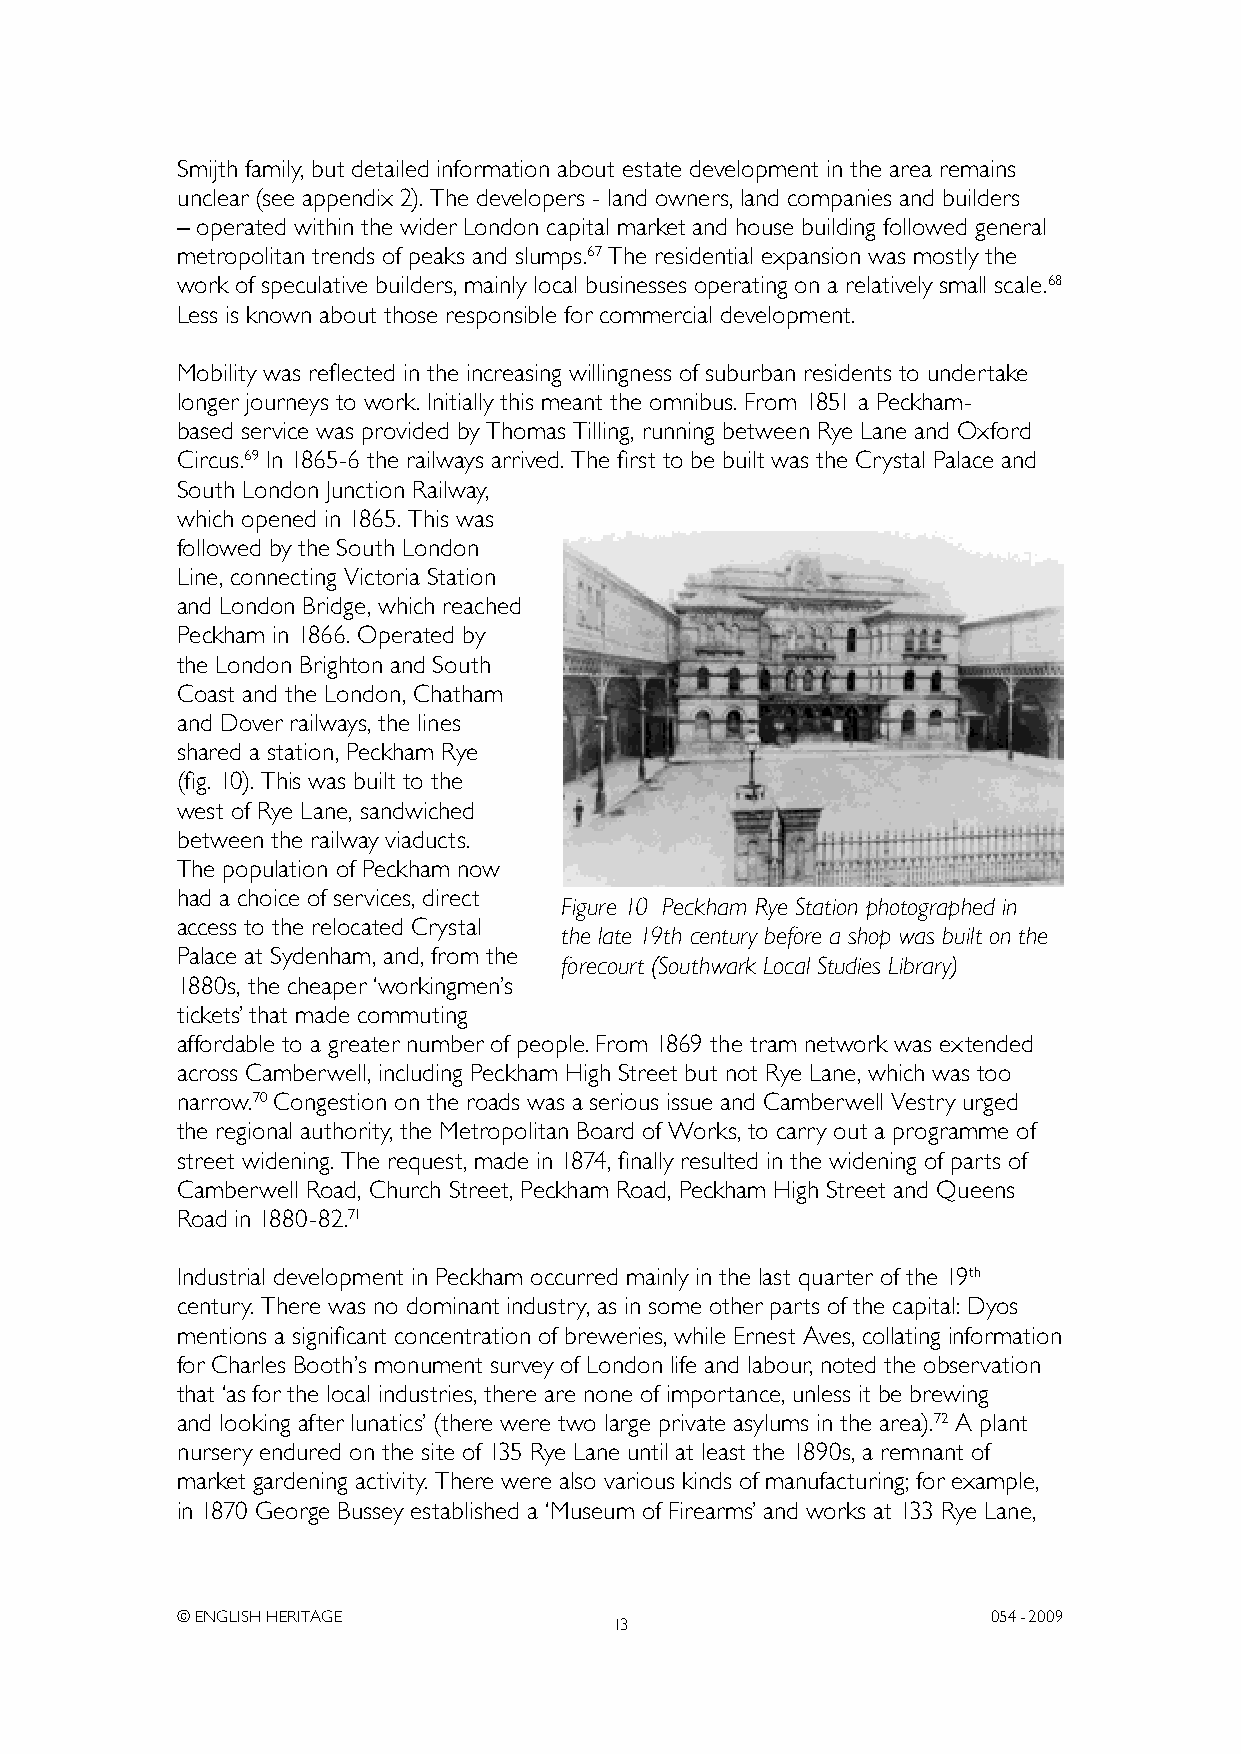
Smijth family, but detailed information about estate development in the area remains
 unclear (see appendix 2). The developers - land owners, land companies and builders
 – operated within the wider London capital market and house building followed general
 metropolitan trends of peaks and slumps.67 The residential expansion was mostly the
 work of speculative builders, mainly local businesses operating on a relatively small scale.68
 Less is known about those responsible for commercial development.
 Mobility was reflected in the increasing willingness of suburban residents to undertake
 longer journeys to work. Initially this meant the omnibus. From 1851 a Peckham-
 based service was provided by Thomas Tilling, running between Rye Lane and Oxford
 Circus.69 In 1865-6 the railways arrived. The first to be built was the Crystal Palace and
 South London Junction Railway,
 which opened in 1865. This was
 followed by the South London
 Line, connecting Victoria Station
 and London Bridge, which reached
 Peckham in 1866. Operated by
 the London Brighton and South
 Coast and the London, Chatham
 and Dover railways, the lines
 shared a station, Peckham Rye
 (fig. 10). This was built to the
 west of Rye Lane, sandwiched
 between the railway viaducts.
 The population of Peckham now
 had a choice of services, direct
 Figure 10 Peckham Rye Station photographed in
 access to the relocated Crystal
 the late 19th century before a shop was built on the
 Palace at Sydenham, and, from the
 forecourt (Southwark Local Studies Library)
 1880s, the cheaper ‘workingmen’s
 tickets’ that made commuting
 affordable to a greater number of people. From 1869 the tram network was extended
 across Camberwell, including Peckham High Street but not Rye Lane, which was too
 narrow.70 Congestion on the roads was a serious issue and Camberwell Vestry urged
 the regional authority, the Metropolitan Board of Works, to carry out a programme of
 street widening. The request, made in 1874, finally resulted in the widening of parts of
 Camberwell Road, Church Street, Peckham Road, Peckham High Street and Queens
 Road in 1880-82.71
 Industrial development in Peckham occurred mainly in the last quarter of the 19th
 century. There was no dominant industry, as in some other parts of the capital: Dyos
 mentions a significant concentration of breweries, while Ernest Aves, collating information
 for Charles Booth’s monument survey of London life and labour, noted the observation
 that ‘as for the local industries, there are none of importance, unless it be brewing
 and looking after lunatics’ (there were two large private asylums in the area).72 A plant
 nursery endured on the site of 135 Rye Lane until at least the 1890s, a remnant of
 market gardening activity. There were also various kinds of manufacturing; for example,
 in 1870 George Bussey established a ‘Museum of Firearms’ and works at 133 Rye Lane,
 © ENGLISH HERITAGE                                    054- 2009
 13